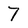
Character: 7